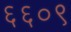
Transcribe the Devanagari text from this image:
६६०९